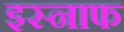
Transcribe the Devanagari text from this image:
इस्नाफ